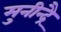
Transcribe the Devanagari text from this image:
मुनीन्द्रै